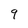
Character: 9